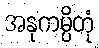
အနုကမ္ပိတုံ